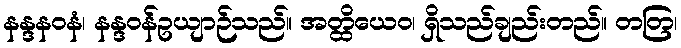
နန္ဒနဝနံ၊ နန္ဒဝန်ဥယျာဉ်သည်။ အတ္ထိယေဝ၊ ရှိသည်ချည်းတည်။ တတြ၊